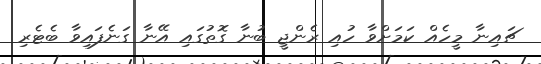
ޗައިނާ މީހެއް ކަމަށްވާ ހުއި ރެންޖީ ބުނާ ގޮތުގައި އޭނާ ގަނެފައިވާ ބެޓެރި